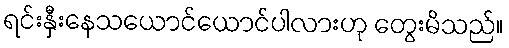
ရင်းနှီးနေသယောင်ယောင်ပါလားဟု တွေးမိသည်။